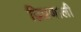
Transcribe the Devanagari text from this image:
द्विप्रणाली